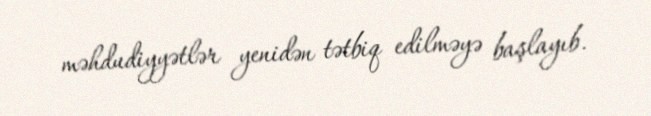
məhdudiyyətlər yenidən tətbiq edilməyə başlayıb.